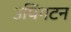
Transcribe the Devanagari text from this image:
उपिंगटन